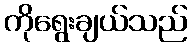
ကိုရွေးချယ်သည်